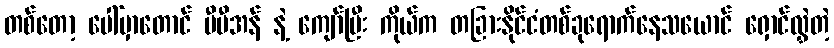
တစ်တော့ ပေါ်မှာတောင် ဗီပီအန် နဲ့ ကျော်ပြီး ကိုယ်က တခြားနိုင်ငံတစ်ခုရောက်နေသယောင် ရှောင်လွှဲတဲ့